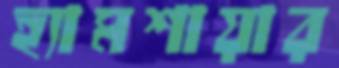
হ্যামশায়ার